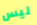
ليس